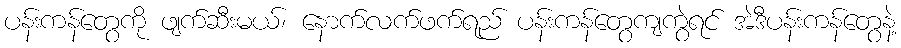
ပန်းကန်တွေကို ဖျက်ဆီးမယ်၊ နောက်လက်ဖက်ရည် ပန်းကန်တွေကျကွဲရင် အဲဒီပန်းကန်တွေနဲ့